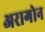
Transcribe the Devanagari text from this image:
अरागोन